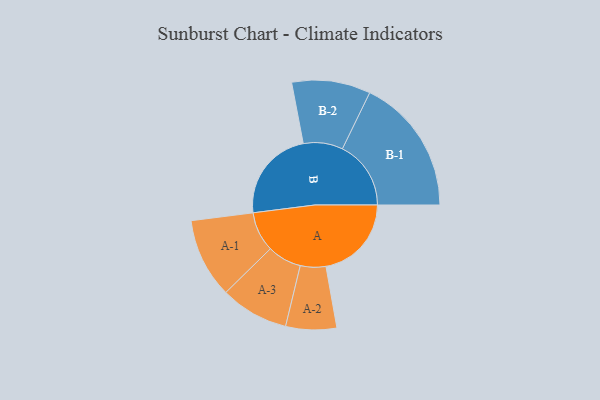
{"axis": {"x": "Segment", "y": "Value"}, "legend": ["", "A", "B"], "data": [{"x": "A", "y": 343, "type": ""}, {"x": "B", "y": 371, "type": ""}, {"x": "A-1", "y": 160, "type": "A"}, {"x": "A-2", "y": 102, "type": "A"}, {"x": "A-3", "y": 137, "type": "A"}, {"x": "B-1", "y": 275, "type": "B"}, {"x": "B-2", "y": 158, "type": "B"}]}